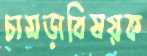
চামড়াবিষয়ক